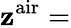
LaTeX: \mathbf{z}^{\mathrm{{air}}}=